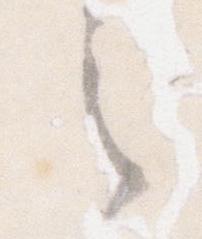
之